NAE_ERA_R-2632_ENSV_TA_Emakeele_Selts_1945-1955, lk 60
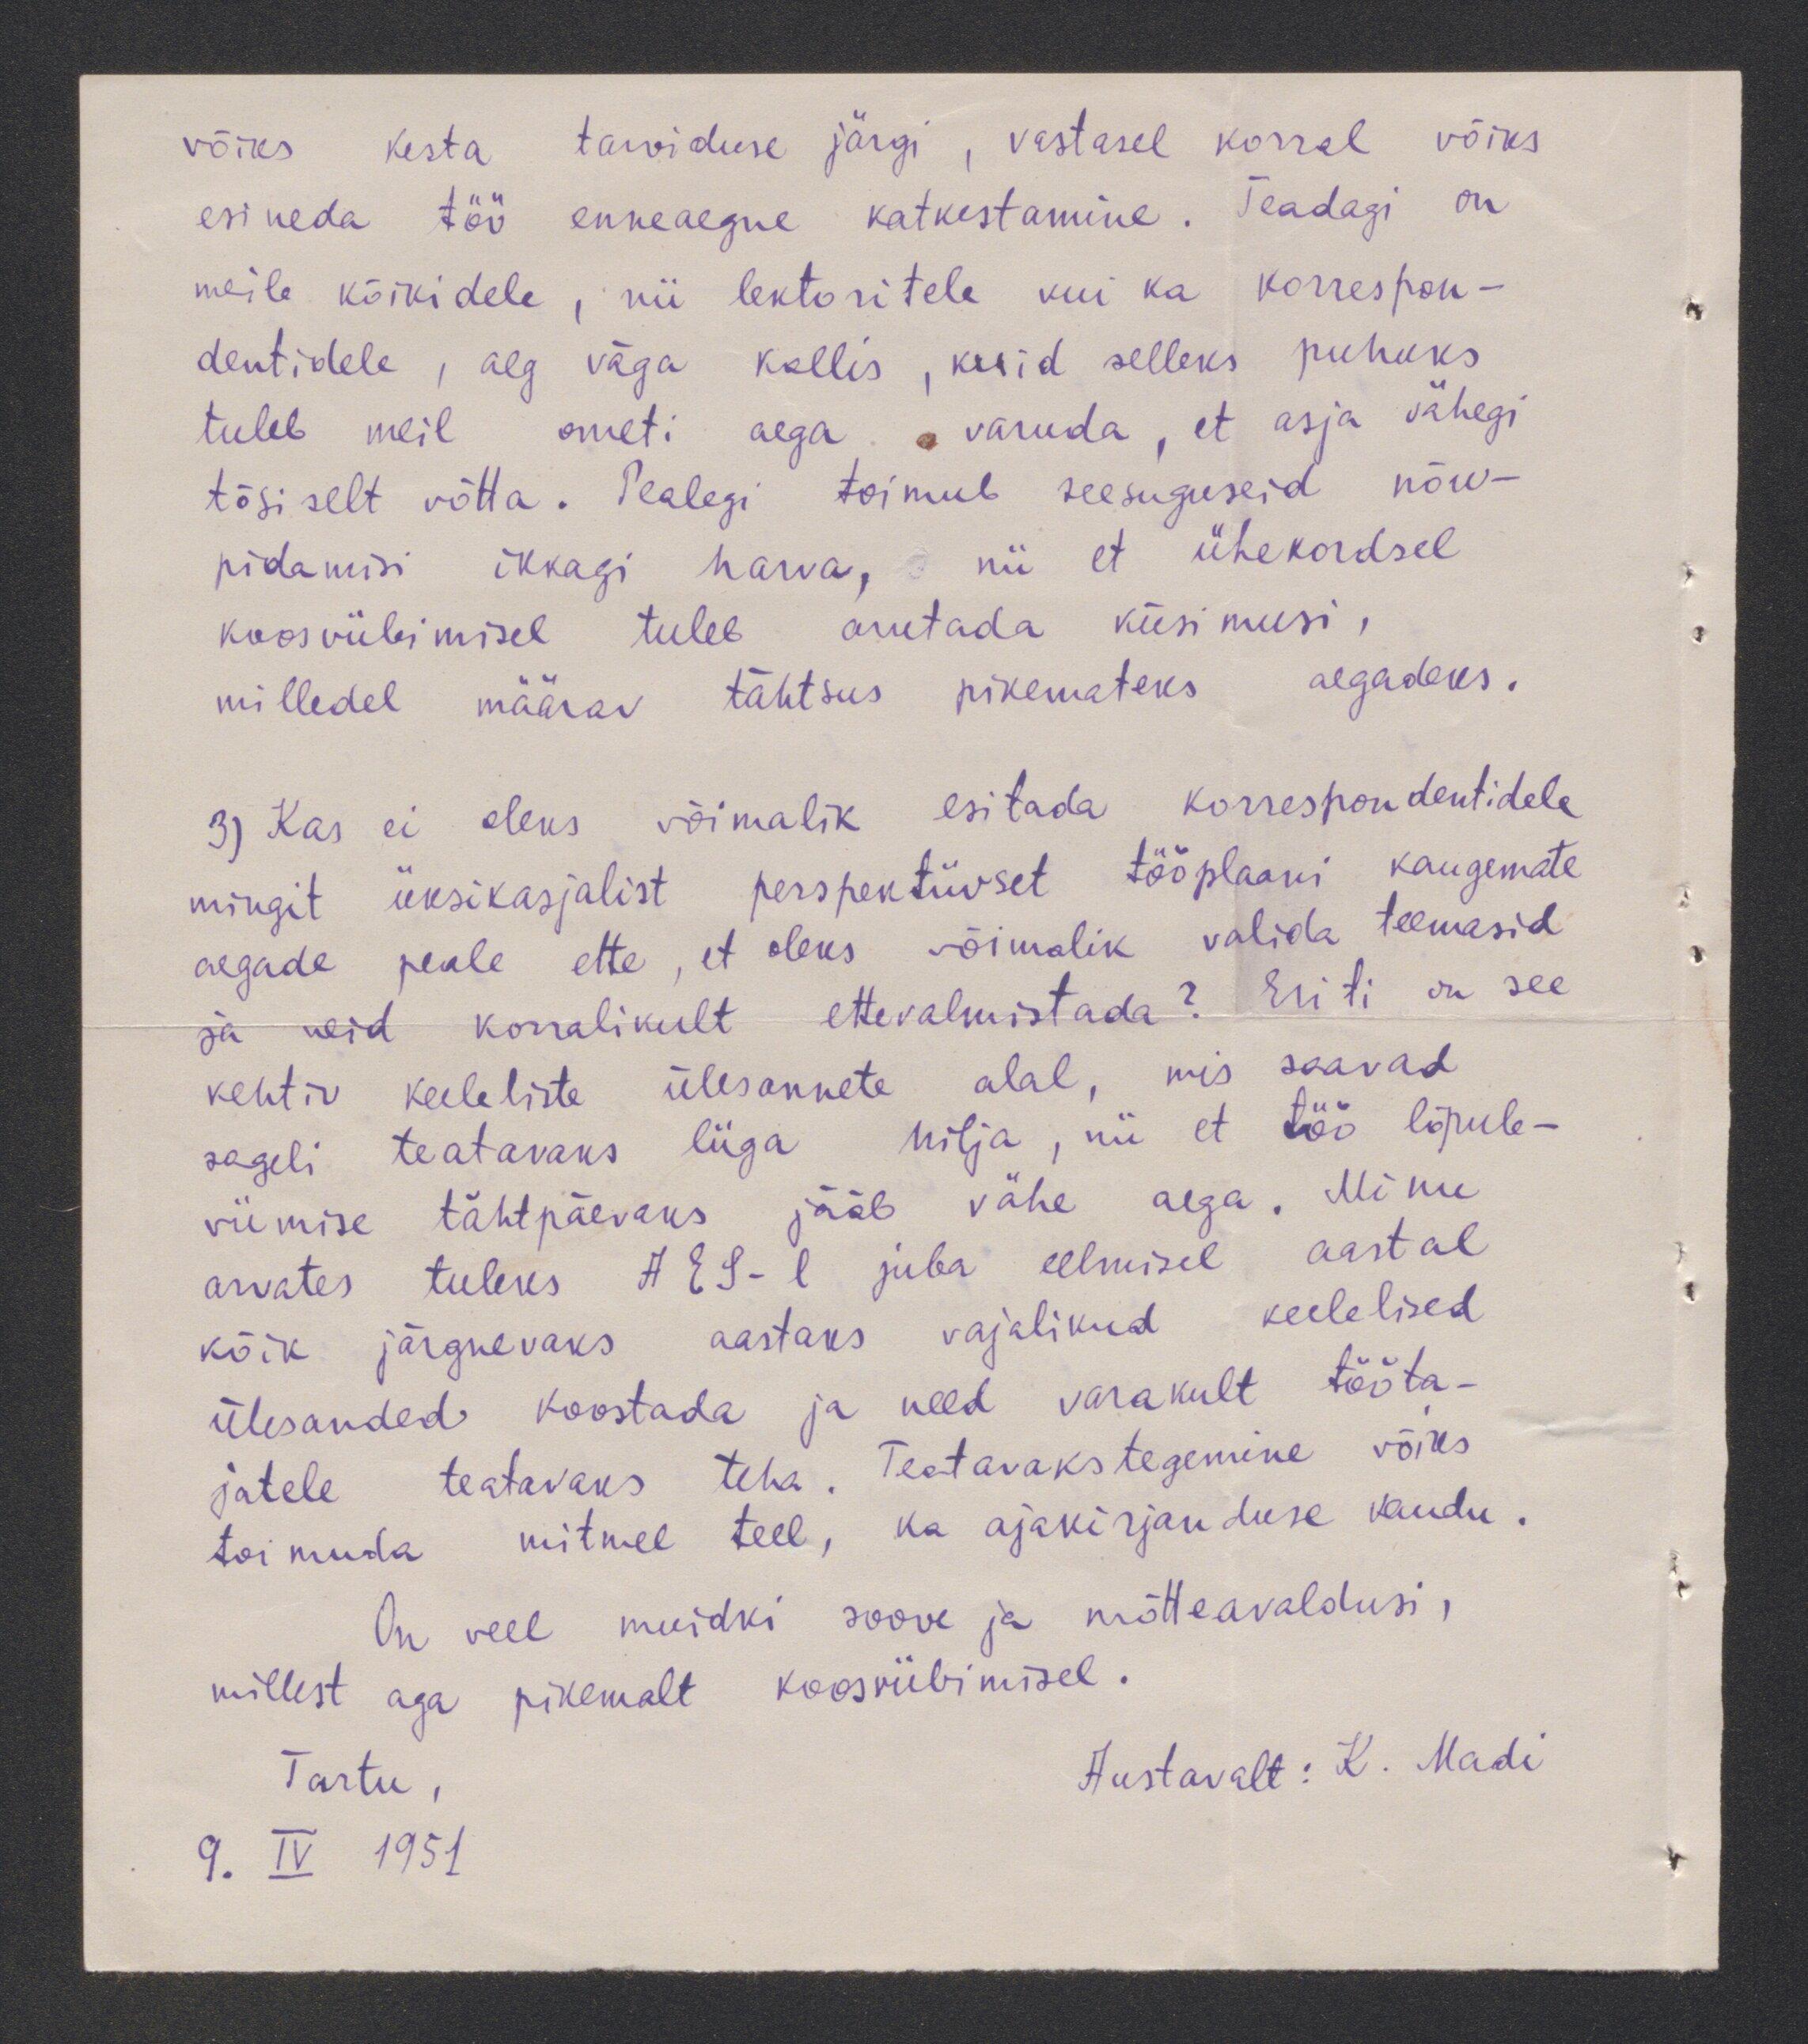
võiks kesta tarviduse järgi, vastasel korral võiks
esineda töö enneaegne katkestamine. Teadagi on
meile kõikidele, nii lektoritele kui ka korrespon-
dentidele, aeg väga kallis, kuid selleks puhuks
tuleb meil ometi aega varuda, et asja vähegi
tõsiselt võtta. Pealegi toimub seesuguseid nõu-
pidamisi ikkagi harva,  nii et ühekordsel
koosviibimisel tuleb arutada küsimusi,
milledel määrav tähtsus pikemateks aegadeks.
3) Kas ei oleks võimalik esitada korrespondentidele
mingit üksikasjalist perspektiivset tööplaani kaugemate
aegade peale ette, et oleks võimalik valida teemasid
ja neid korralikult ettevalmistada? Eriti on see
kehtiv keeleliste ülesannete alal, mis saavad
sageli teatavaks liiga hilja, nii et töö lõpule-
viimise tähtpäevaks jääb vähe aega. Minu
arvates tuleks AES-l juba eelmisel aastal
kõik järgnevaks aastaks vajalikud keelelised
ülesanded koostada ja need varakult tööta-
jatele teatavaks teha. Teatavakstegemine võiks
toimuda mitmel teel, ka ajakirjanduse kaudu.
On veel muidki soove ja mõtteavaldusi
millest aga pikemalt koosviibimisel.
Austavalt: K. Madi
Tartu,
9. IV 1951